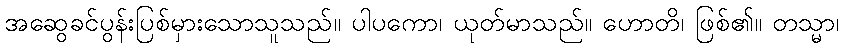
အဆွေခင်ပွန်းပြစ်မှားသောသူသည်။ ပါပကော၊ ယုတ်မာသည်။ ဟောတိ၊ ဖြစ်၏။ တသ္မာ၊